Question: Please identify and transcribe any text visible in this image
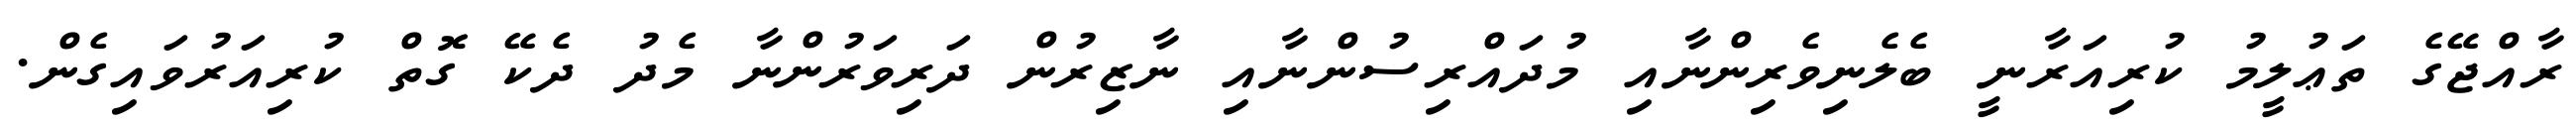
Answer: ރާއްޖޭގެ ތަޢުލީމު ކުރިއަރާނީ ބެލެނިވެރިންނާއި މުދައްރިސުންނާއި ނާޒިރުން ދަރިވަރުންނާ މެދު ދެކޭ ގޮތް ކުރިއަރުވައިގެން.